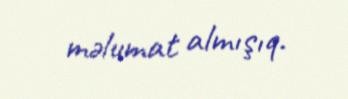
məlumat almışıq.